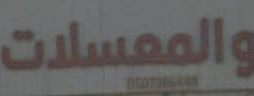
والمعسلات